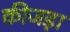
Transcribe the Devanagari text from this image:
कीजड़ा